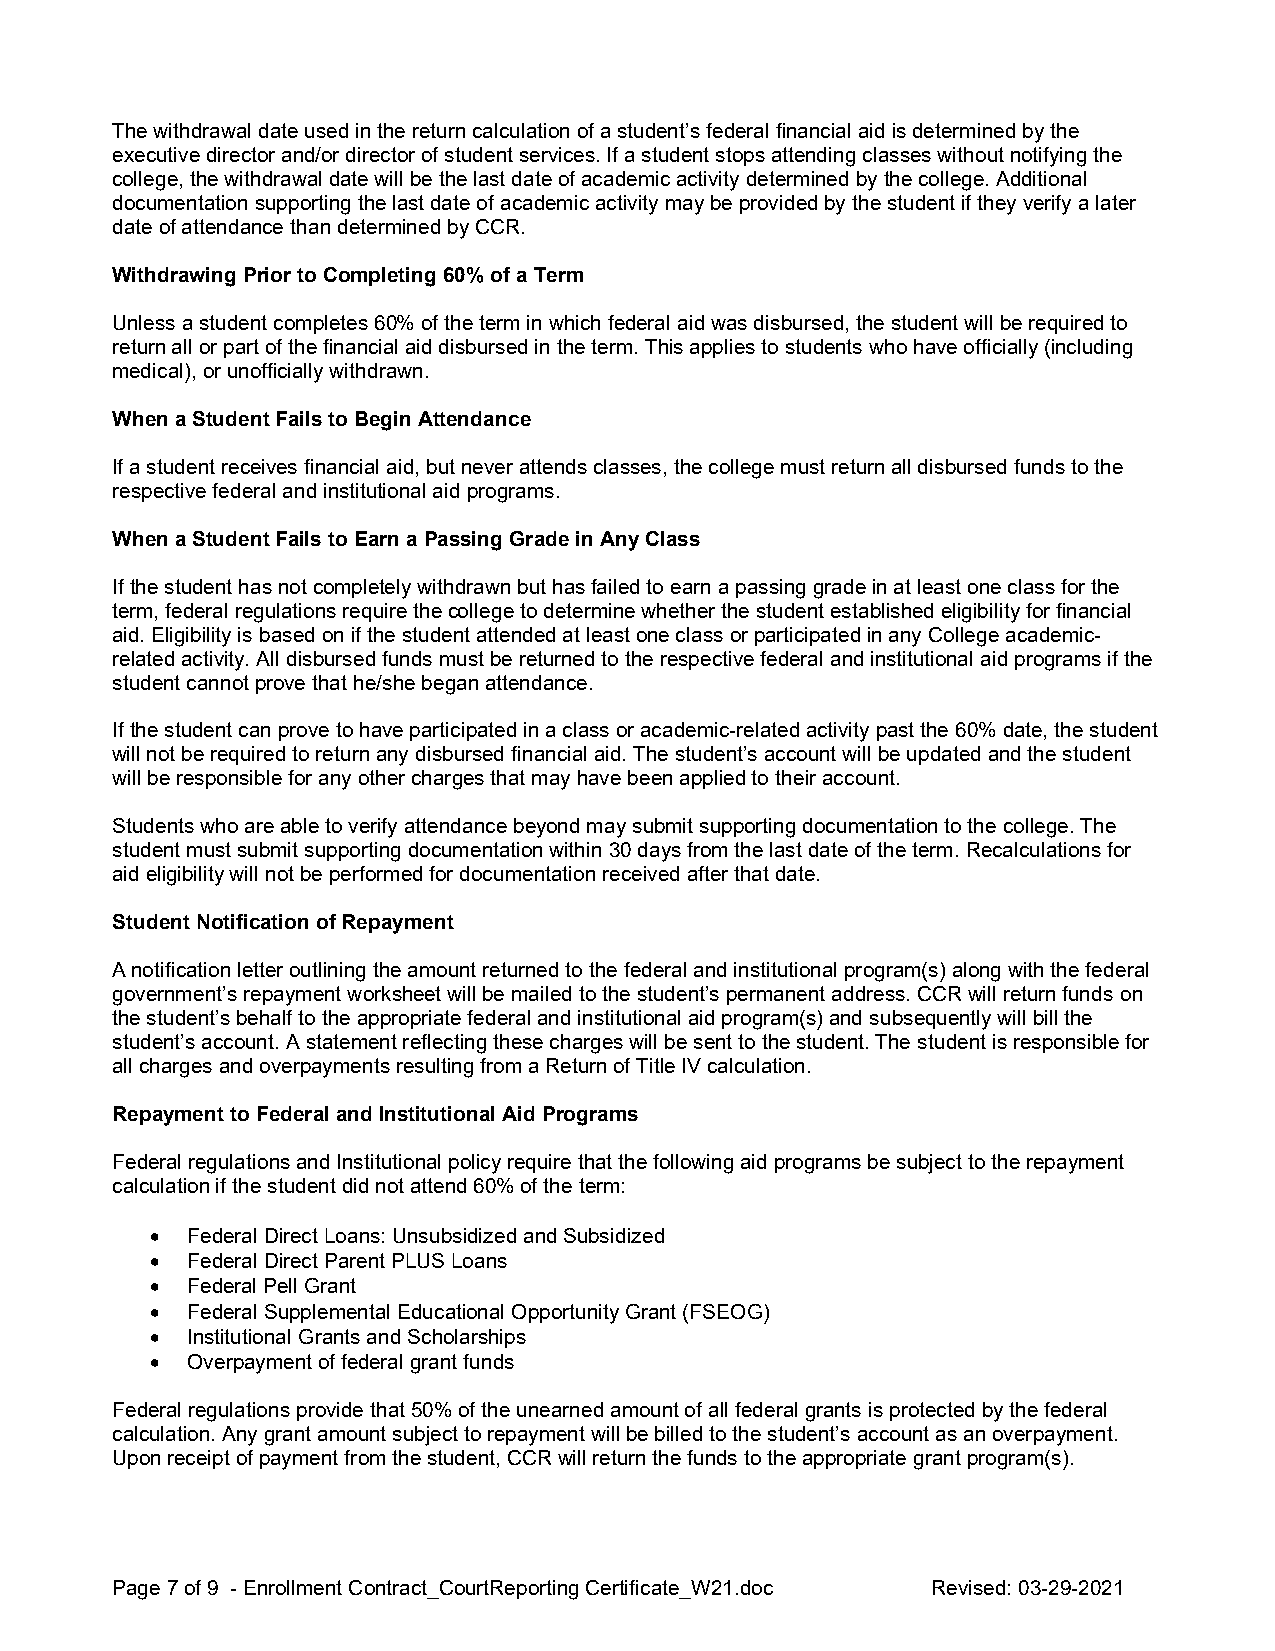
The withdrawal date used in the return calculation of a student’s federal financial aid is determined by the
 executive director and/or director of student services. If a student stops attending classes without notifying the
 college, the withdrawal date will be the last date of academic activity determined by the college. Additional
 documentation supporting the last date of academic activity may be provided by the student if they verify a later
 date of attendance than determined by CCR.
 Withdrawing Prior to Completing 60% of a Term
 Unless a student completes 60% of the term in which federal aid was disbursed, the student will be required to
 return all or part of the financial aid disbursed in the term. This applies to students who have officially (including
 medical), or unofficially withdrawn.
 When a Student Fails to Begin Attendance
 If a student receives financial aid, but never attends classes, the college must return all disbursed funds to the
 respective federal and institutional aid programs.
 When a Student Fails to Earn a Passing Grade in Any Class
 If the student has not completely withdrawn but has failed to earn a passing grade in at least one class for the
 term, federal regulations require the college to determine whether the student established eligibility for financial
 aid. Eligibility is based on if the student attended at least one class or participated in any College academic-
 related activity. All disbursed funds must be returned to the respective federal and institutional aid programs if the
 student cannot prove that he/she began attendance.
 If the student can prove to have participated in a class or academic-related activity past the 60% date, the student
 will not be required to return any disbursed financial aid. The student’s account will be updated and the student
 will be responsible for any other charges that may have been applied to their account.
 Students who are able to verify attendance beyond may submit supporting documentation to the college. The
 student must submit supporting documentation within 30 days from the last date of the term. Recalculations for
 aid eligibility will not be performed for documentation received after that date.
 Student Notification of Repayment
 A notification letter outlining the amount returned to the federal and institutional program(s) along with the federal
 government’s repayment worksheet will be mailed to the student’s permanent address. CCR will return funds on
 the student’s behalf to the appropriate federal and institutional aid program(s) and subsequently will bill the
 student’s account. A statement reflecting these charges will be sent to the student. The student is responsible for
 all charges and overpayments resulting from a Return of Title IV calculation.
 Repayment to Federal and Institutional Aid Programs
 Federal regulations and Institutional policy require that the following aid programs be subject to the repayment
 calculation if the student did not attend 60% of the term:
 • Federal Direct Loans: Unsubsidized and Subsidized
 • Federal Direct Parent PLUS Loans
 • Federal Pell Grant
 • Federal Supplemental Educational Opportunity Grant (FSEOG)
 • Institutional Grants and Scholarships
 • Overpayment of federal grant funds
 Federal regulations provide that 50% of the unearned amount of all federal grants is protected by the federal
 calculation. Any grant amount subject to repayment will be billed to the student’s account as an overpayment.
 Upon receipt of payment from the student, CCR will return the funds to the appropriate grant program(s).
 Page 7 of 9 - Enrollment Contract_CourtReporting Certificate_W21.doc Revised: 03-29-2021